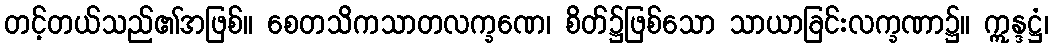
တင့်တယ်သည်၏အဖြစ်။ စေတသိကသာတလက္ခဏေ၊ စိတ်၌ဖြစ်သော သာယာခြင်းလက္ခဏာ၌။ ဣန္ဒဋ္ဌံ၊